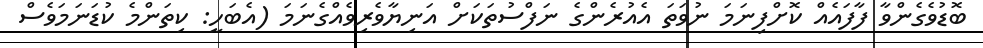
ބޮޑުވެގެންވާ ފާފައެއް ކޮށްފިނަމަ ނުވަތަ އެއުރެންގެ ނަފްސުތަކަށް އަނިޔާވެރިވެއްގެނަމަ (އެބަހީ: ކިތަންމެ ކުޑަނަމަވެސް